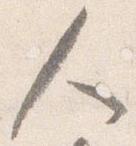
人